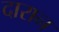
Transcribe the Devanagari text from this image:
दारान